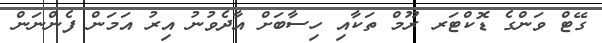
ގޭޓް ވަންގެ ޑޮކްޓަރ ރޫމް ތަކާއި ހިސާބަށް އާދެވުނު އިރު އަމަން ފެންނަން